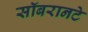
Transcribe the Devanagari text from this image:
सॉबरानटे